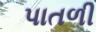
પાતળી